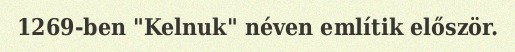
1269-ben "Kelnuk" néven említik először.